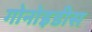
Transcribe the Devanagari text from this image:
गोनोइडीस